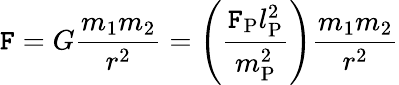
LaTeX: \mathtt{F}=G{\frac{{m_{1}m_{2}}}{{r^{2}}}}=\left({\frac{{\mathtt{F}_{\mathrm{{P}}}l_{\mathrm{{P}}}^{2}}}{{m_{\mathrm{{P}}}^{2}}}}\right){\frac{{m_{1}m_{2}}}{{r^{2}}}}